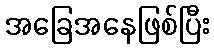
အခြေအနေဖြစ်ပြီး